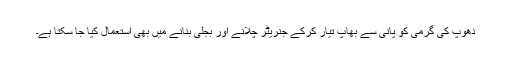
دھوپ کی گرمی کو پانی سے بھاپ تیار کرکے جنریٹر چلانے اور بجلی بنانے میں بھی استعمال کیا جا سکتا ہے۔